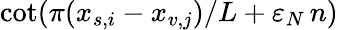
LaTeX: \cot(\pi(x_{s,i}-x_{v,j})/L+\varepsilon_{N}\, n)